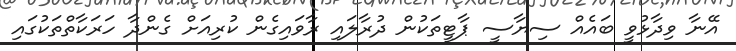
އޭނާ ވިދާޅުވީ ބައެއް ސިޔާސީ ޕާޓީތަކުން ދުރާލައި ރާވައިގެން ކުރިއަށް ގެންދާ ހަރަކާތްތަކުގައި